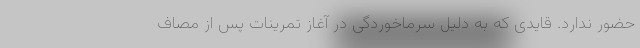
حضور ندارد. قایدی که به دلیل سرماخوردگی در آغاز تمرینات پس از مصاف